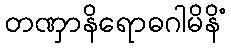
တဏှာနိရောဓဂါမိနိံ